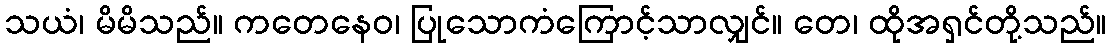
သယံ၊ မိမိသည်။ ကတေနေဝ၊ ပြုသောကံကြောင့်သာလျှင်။ တေ၊ ထိုအရှင်တို့သည်။